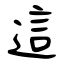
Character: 這